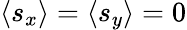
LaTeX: \langle s_{x}\rangle=\langle s_{y}\rangle=0